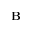
\mathbf { B }